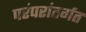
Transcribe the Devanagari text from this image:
परंपरांतर्गत